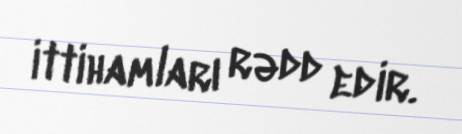
ittihamları rədd edir.